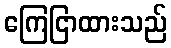
ကြေငြာထားသည်